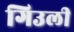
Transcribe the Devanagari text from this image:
गिउली